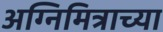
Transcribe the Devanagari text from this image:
अग्निमित्राच्या